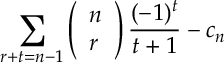
\sum _ { r + t = n - 1 } \left( \begin{array} { l } { { n } } \\ { { r } } \end{array} \right) \frac { ( - 1 ) ^ { t } } { t + 1 } - c _ { n }